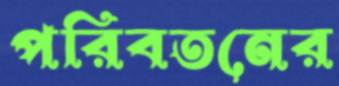
পরিবতনের